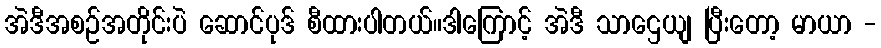
အဲဒီအစဉ်အတိုင်းပဲ ဆောင်ပုဒ် စီထားပါတယ်။ဒါကြောင့် အဲဒီ သာဌေယျ ပြီးတော့ မာယာ -